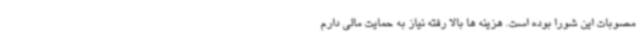
مصوبات این شورا بوده است. هزینه ها بالا رفته نیاز به حمایت مالی دارم